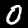
Digit: 0